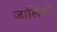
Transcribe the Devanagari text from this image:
जालिबने